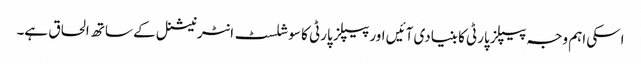
اسکی اہم وجہ پیپلز پارٹی کا بنیادی آئیں اور پیپلز پارٹی کا سوشلسٹ انٹرنیشنل کے ساتھ الحاق ہے۔